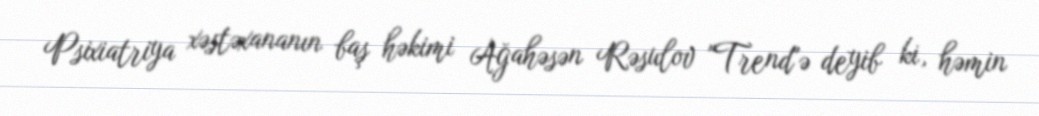
Psixiatriya xəstəxananın baş həkimi Ağahəsən Rəsulov "Trend"ə deyib ki, həmin